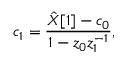
c _ { 1 } = { \frac { { \hat { X } } [ 1 ] - c _ { 0 } } { 1 - z _ { 0 } z _ { 1 } ^ { - 1 } } } ,